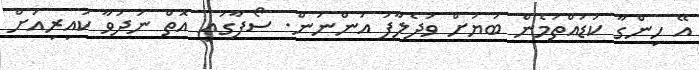
އޭ ހިންގާ ކުޑައްތަމެން ބަޔަށް ވަދެލާފަ އަންނަން. ސޯފާގައި އޮތް ނަދުވާ ކައިރިއަށް